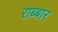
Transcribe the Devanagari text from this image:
राब्बार